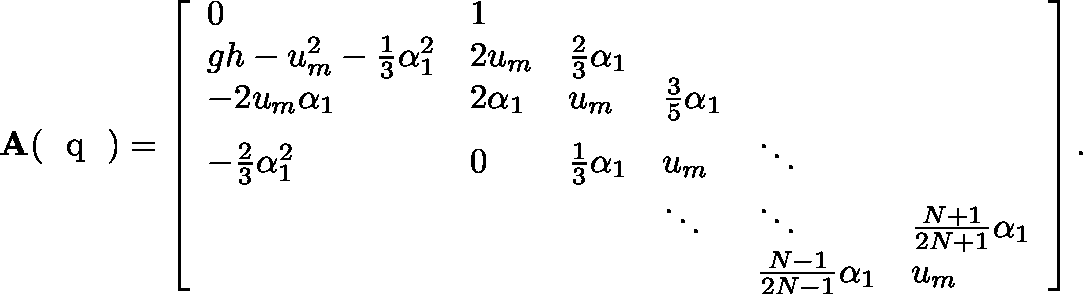
\mathbf { A } ( \textrm { \boldmath { q } } ) = \left[ \begin{array} { l l l l l l } { 0 } & { 1 } & & & & \\ { g h - u _ { m } ^ { 2 } - \frac { 1 } { 3 } \alpha _ { 1 } ^ { 2 } } & { 2 u _ { m } } & { \frac { 2 } { 3 } \alpha _ { 1 } } & & & \\ { - 2 u _ { m } \alpha _ { 1 } } & { 2 \alpha _ { 1 } } & { u _ { m } } & { \frac { 3 } { 5 } \alpha _ { 1 } } & & \\ { - \frac { 2 } { 3 } \alpha _ { 1 } ^ { 2 } } & { 0 } & { \frac { 1 } { 3 } \alpha _ { 1 } } & { u _ { m } } & { \ddots } & \\ & & & { \ddots } & { \ddots } & { \frac { N + 1 } { 2 N + 1 } \alpha _ { 1 } } \\ & & & & { \frac { N - 1 } { 2 N - 1 } \alpha _ { 1 } } & { u _ { m } } \end{array} \right] .